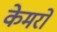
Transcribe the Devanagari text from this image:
केमरो